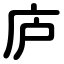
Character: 庐